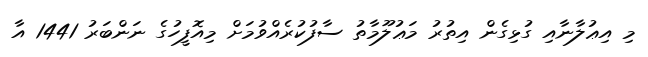
މި އިޢުލާނާއި ގުޅިގެން އިތުރު މަޢުލޫމާތު ސާފުކުރެއްވުމަށް މިއޮފީހުގެ ނަންބަރު 1441 އާ